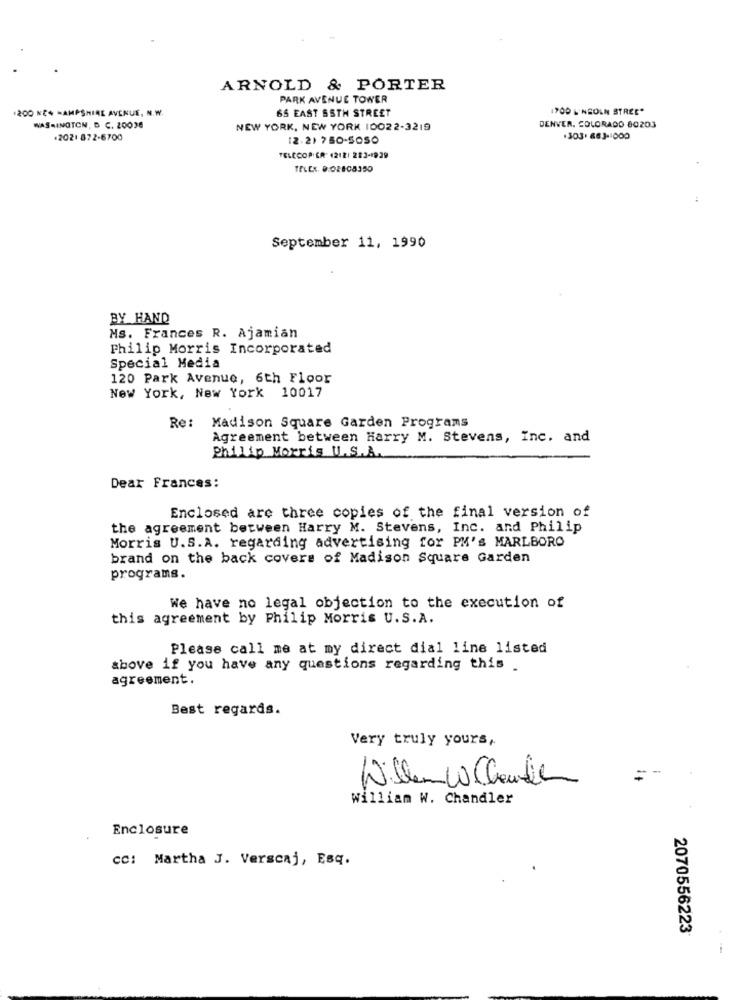
ARNOLD & PORTER
PARK AVENUE TOWER
1200 NC+ HAMPSHIRE AVENUE, N.W.
65 EAST SSTH STREET
1900 L'NEOLN STREE*
WASHINGTON, D C. 20038
NEW YORK, NEW YORK 10022-3219
DENVER, COLORADO 80203
+2021 872-6700
12.21 750-5050
.303. 683-1000
TELECOPIER 4212: 283-1929
TELEX. 9:02808350
September 11, 1990
BY HAND
Ms. Frances R. Ajamian
Philip Morris Incorporated
Special Media
120 Park Avenue, 6th Floor
New York, New York 10017
Re: Madison Square Garden Programs
Agreement between Harry M. Stevens, Inc. and
Philip Morris U.S.A.
Dear Frances:
Enclosed are three copies of the final version of
the agreement between Harry M. Stevens, Inc. and Philip
Morris U.S.A. regarding advertising for PM's MARLBORO
brand on the back covers of Madison Square Garden
programs.
We have no legal objection to the execution of
this agreement by Philip Morris U.S.A.
Please call me at my direct dial line listed
above if you have any questions regarding this .
agreement.
Best regards.
Very truly yours,
--
Willemw Chantier
William W. Chandler
Enclosure
CC: Martha J. Verscaj, Esq.
2070556223